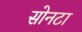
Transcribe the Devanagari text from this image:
सोनटा